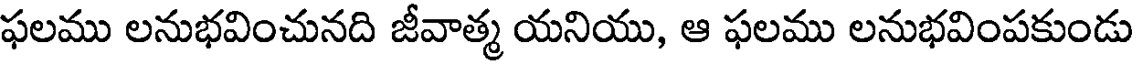
ఫలము లనుభవించునది జీవాత్మ యనియు, ఆ ఫలము లనుభవింపకుండు